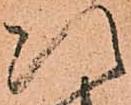
次